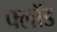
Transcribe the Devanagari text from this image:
फ्लॉड